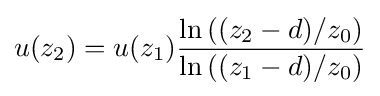
u({{z}_{2}})=u({{z}_{1}}){\frac {\ln \left(({{z}_{2}}-d)/{{z}_{0}}\right)}{\ln \left(({{z}_{1}}-d)/{{z}_{0}}\right)}}